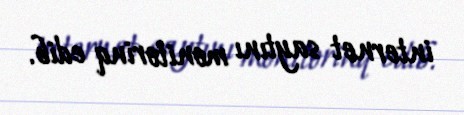
internet saytını monitorinq edib.